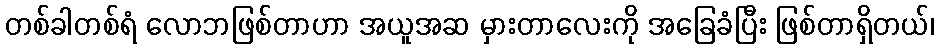
တစ်ခါတစ်ရံ လောဘဖြစ်တာဟာ အယူအဆ မှားတာလေးကို အခြေခံပြီး ဖြစ်တာရှိတယ်၊